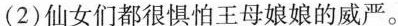
(2)仙女们都很惧怕王母娘娘的威严。